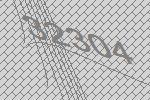
32304